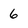
Character: 6